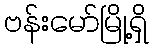
ဗန်းမော်မြို့ရှိ